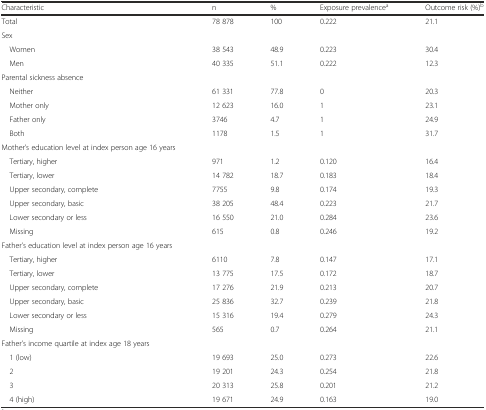
<table><thead><tr><td><b>Characteristic</b></td><td><b>n</b></td><td><b>%</b></td><td><b>Exposure prevalence<sup>a</sup></b></td><td><b>Outcome risk (%)<sup>b</sup></b></td></tr></thead><tbody><tr><td>Total</td><td>78 878</td><td>100</td><td>0.222</td><td>21.1</td></tr><tr><td>Sex</td><td></td><td></td><td></td><td></td></tr><tr><td> Women</td><td>38 543</td><td>48.9</td><td>0.223</td><td>30.4</td></tr><tr><td> Men</td><td>40 335</td><td>51.1</td><td>0.222</td><td>12.3</td></tr><tr><td>Parental sickness absence</td><td></td><td></td><td></td><td></td></tr><tr><td> Neither</td><td>61 331</td><td>77.8</td><td>0</td><td>20.3</td></tr><tr><td> Mother only</td><td>12 623</td><td>16.0</td><td>1</td><td>23.1</td></tr><tr><td> Father only</td><td>3746</td><td>4.7</td><td>1</td><td>24.9</td></tr><tr><td> Both</td><td>1178</td><td>1.5</td><td>1</td><td>31.7</td></tr><tr><td>Mother’s education level at index person age 16 years</td><td></td><td></td><td></td><td></td></tr><tr><td> Tertiary, higher</td><td>971</td><td>1.2</td><td>0.120</td><td>16.4</td></tr><tr><td> Tertiary, lower</td><td>14 782</td><td>18.7</td><td>0.183</td><td>18.4</td></tr><tr><td> Upper secondary, complete</td><td>7755</td><td>9.8</td><td>0.174</td><td>19.3</td></tr><tr><td> Upper secondary, basic</td><td>38 205</td><td>48.4</td><td>0.223</td><td>21.7</td></tr><tr><td> Lower secondary or less</td><td>16 550</td><td>21.0</td><td>0.284</td><td>23.6</td></tr><tr><td> Missing</td><td>615</td><td>0.8</td><td>0.246</td><td>19.2</td></tr><tr><td>Father’s education level at index person age 16 years</td><td></td><td></td><td></td><td></td></tr><tr><td> Tertiary, higher</td><td>6110</td><td>7.8</td><td>0.147</td><td>17.1</td></tr><tr><td> Tertiary, lower</td><td>13 775</td><td>17.5</td><td>0.172</td><td>18.7</td></tr><tr><td> Upper secondary, complete</td><td>17 276</td><td>21.9</td><td>0.213</td><td>20.7</td></tr><tr><td> Upper secondary, basic</td><td>25 836</td><td>32.7</td><td>0.239</td><td>21.8</td></tr><tr><td> Lower secondary or less</td><td>15 316</td><td>19.4</td><td>0.279</td><td>24.3</td></tr><tr><td> Missing</td><td>565</td><td>0.7</td><td>0.264</td><td>21.1</td></tr><tr><td>Father’s income quartile at index age 18 years</td><td></td><td></td><td></td><td></td></tr><tr><td> 1 (low)</td><td>19 693</td><td>25.0</td><td>0.273</td><td>22.6</td></tr><tr><td> 2</td><td>19 201</td><td>24.3</td><td>0.254</td><td>21.8</td></tr><tr><td> 3</td><td>20 313</td><td>25.8</td><td>0.201</td><td>21.2</td></tr><tr><td> 4 (high)</td><td>19 671</td><td>24.9</td><td>0.163</td><td>19.0</td></tr></tbody></table>